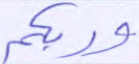
وربكم